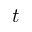
t